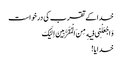
خدا کے تقرب کی درخواست
وَ اجْعَلْنِی فِیهِ مِنَ الْمُقَرَّبِینَ اِلَیْکَ
خدایا!